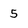
Character: 5